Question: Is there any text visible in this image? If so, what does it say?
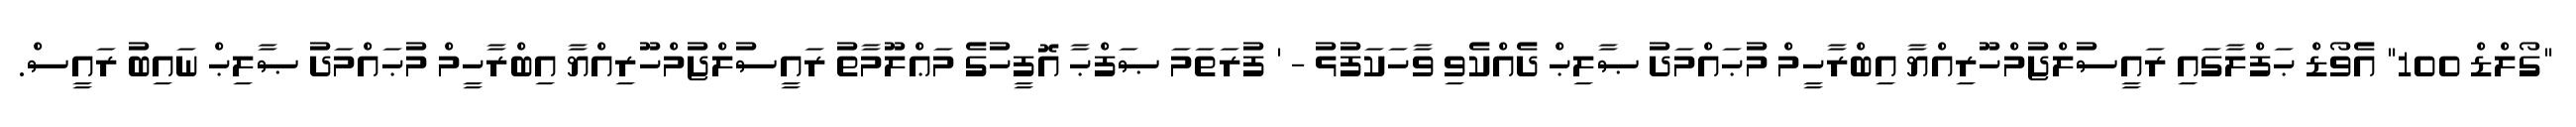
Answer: "ގޯލްޑް 100" އެވޯޑް ޙަފްލާގައި ރައީސުލްޖުމްހޫރިއްޔާ އިބްރާހީމް މުޙައްމަދު ޞާލިޙް ދެއްކެވި ވާހަކަފުޅު - ' ފުރަތަމަ ޞަފްޙާ އޮފީހުގެ މަޢްލޫމާތު ރައީސުލްޖުމްހޫރިއްޔާ އިބްރާހީމް މުޙައްމަދު ޞާލިޙް ނައިބު ރައީސް.